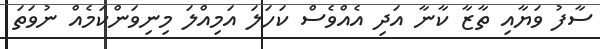
ސާފު ވަޔާއި ތާޒާ ކާނާ އަދި އެއްވެސް ކަހަލަ އަމިއްލަ މިނިވަންކަމެއް ނުވަތަ